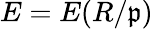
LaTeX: E=E(R/{\mathfrak{p}})